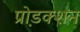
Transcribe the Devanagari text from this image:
प्रो़डक्शन